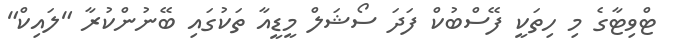
ޓްވިޓާގެ މި ހިތަކީ ފޭސްބުކް ފަދަ ސޯޝަލް މީޑީއާ ތަކުގައި ބޭނުންކުރާ "ލައިކް"